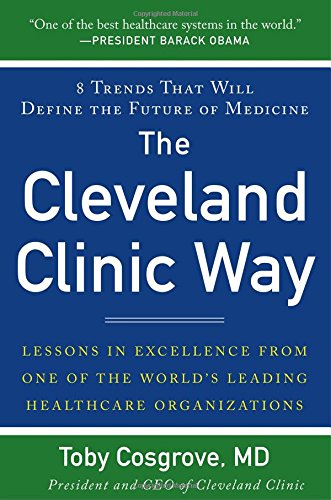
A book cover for The Cleveland Clinic Way: Lessons in Excellence from One of the World's Leading Health Care Organizations; Toby Cosgrove; Medical Books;